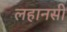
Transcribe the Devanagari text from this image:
लहानसी